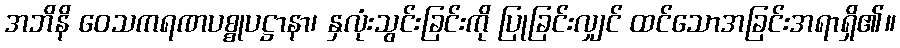
အဘိနိ ဝေသကရဏပစ္စုပဋ္ဌာနာ၊ နှလုံးသွင်းခြင်းကို ပြုခြင်းလျှင် ထင်သောအခြင်းအရာရှိ၏။